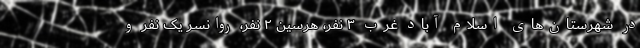
در شهرستان‌های اسلام آباد غرب ۳ نفر، هرسین ۲ نفر، روانسر یک نفر و